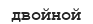
двойной